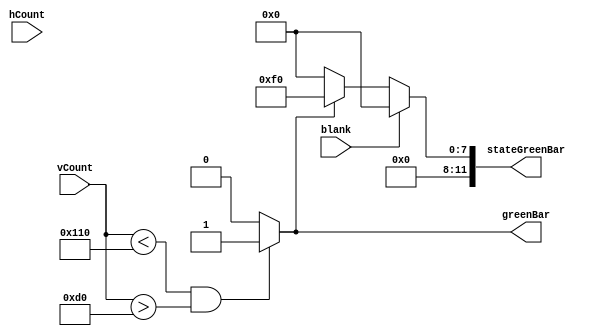
`timescale 1ns / 1ps
//////////////////////////////////////////////////////////////////////////////////
// Company: 
// 
// Design Name: 
// Module Name: draw_bar
// Project Name: 
// Target Devices: 
// Tool Versions: 
// Description: Draw the green horizontal bar
// 
// Dependencies: 
// 
// Revision:
// Revision 0.01 - File Created
// Additional Comments:
// 
//////////////////////////////////////////////////////////////////////////////////


module draw_bar(
    input [10:0] hCount,
    input [10:0] vCount,
    input blank,
    output reg greenBar,
    output reg [11:0] stateGreenBar
    );
    
    //Setting up some color constants, 12-bit RGB
    parameter colorRed = 12'b111100000000;
    parameter colorYellow = 12'b111111110000;
    parameter colorGreen = 12'b000011110000;
    parameter colorBlack = 12'b000000000000;
    parameter colorWhite = 12'b111111111111;
    
    //Bar is 64 pixels wide in the middle of screen. 
    //480/2 + 64/2 = 272, 480/2 - 64/2 = 208
    always @(hCount or vCount)
        if (vCount < 272 && vCount > 208) 
            greenBar = 1;   //Check if pixel (hcount,vcount) is inside the width of the bar 
        else greenBar = 0;
    
    always @(hCount or vCount)
        begin
            if (blank)
                stateGreenBar = colorBlack;  //If blank is 1, we assign the color to black as instructed in the controller module
            else if (greenBar == 1)
                stateGreenBar = colorGreen;  //If the pixel is inside the bar, pixel will be green
            else
                stateGreenBar = colorBlack;  //Else the pixel will be black
        end
        
endmodule